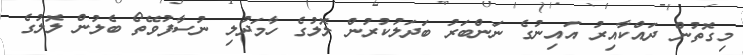
މިގޮތުން ދައްކާއިރު އައިނުގެ ނަންބަރު ބަދަލުކުރުން ލޮލުގެ ހާމަދުލި ނުސާފުވޭތޯ ބެލުން ލޮލުގެ